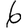
Digit: 6